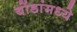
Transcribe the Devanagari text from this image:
बोंडांमध्ये